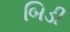
બિડી